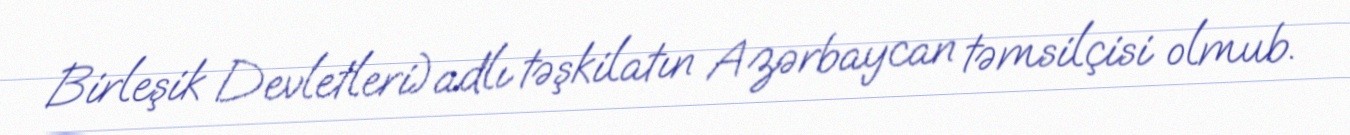
Birleşik Devletleri)adlı təşkilatın Azərbaycan təmsilçisi olmub.